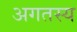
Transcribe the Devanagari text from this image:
अगतस्य